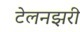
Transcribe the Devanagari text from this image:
टेलनझरी